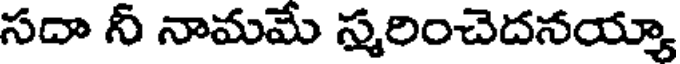
సదా నీ నామమే స్మరించెదనయ్యా